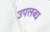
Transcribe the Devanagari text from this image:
उपल्‍ाब्‍ध